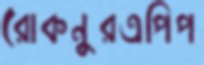
রোকনুরএপিপ